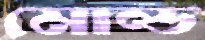
মোল্ড